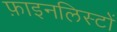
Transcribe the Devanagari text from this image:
फ़ाइनलिस्टों